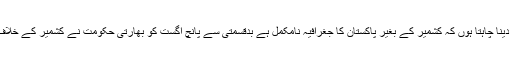
واضح کر دینا چاہتا ہوں کہ کشمیر کے بغیر پاکستان کا جغرافیہ نامکمل ہے بدقسمتی سے پانچ اگست کو بھارتی حکومت نے کشمیر کے خلاف اقدام کیا۔